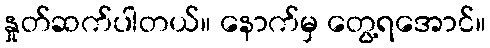
နှုတ်ဆက်ပါတယ်။ နောက်မှ တွေ့ရအောင်။